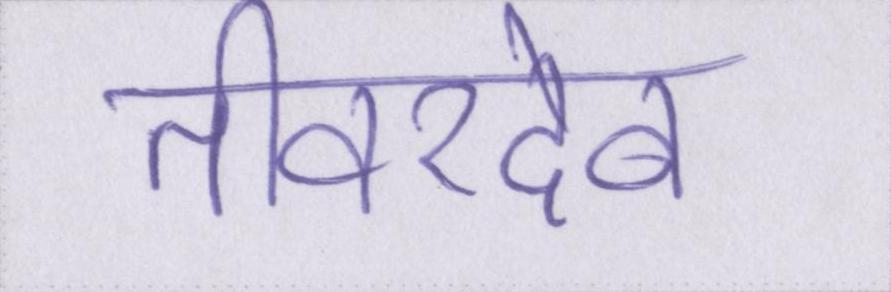
तीवरदेव